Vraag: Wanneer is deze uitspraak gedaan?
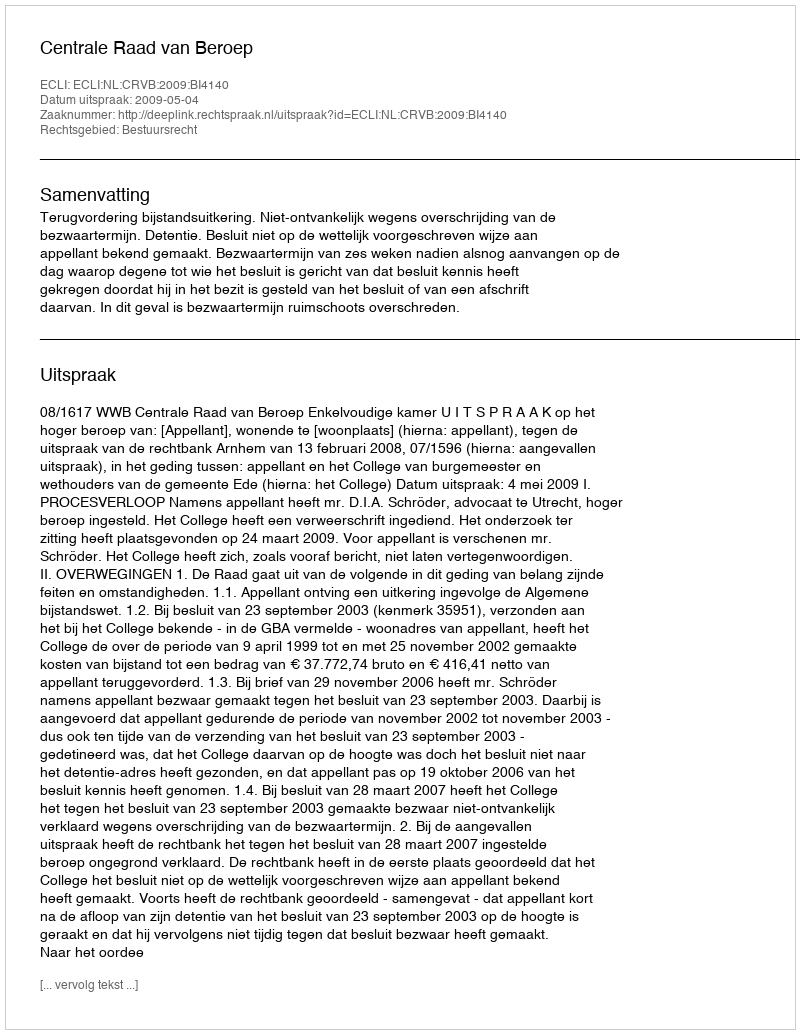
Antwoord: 2009-05-04